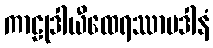
ကာဠုဒါယီထေရဿာပဒါနံ